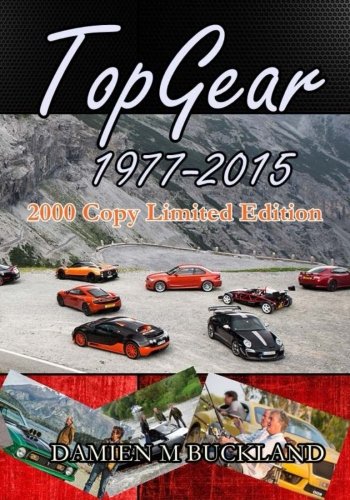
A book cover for Top Gear; 1977 - 2015:: 2000 Copy Limited Edition (Collection Editions); Damien M Buckland; Humor & Entertainment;